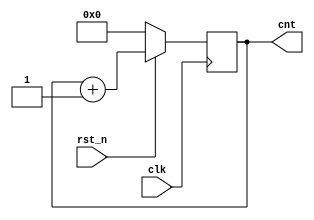
module counter(clk,rst_n,cnt);
input clk,rst_n;
output [3:0] cnt;

reg [3:0] cnt;

always @(posedge clk) begin
if(~rst_n)
    cnt=4'b0000;
else
    cnt=cnt+1;
end
endmodule